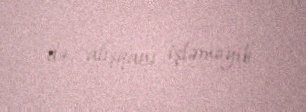
də, alışqanı işləməyib.